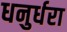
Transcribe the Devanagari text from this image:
धनुर्धरा